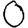
Digit: 0